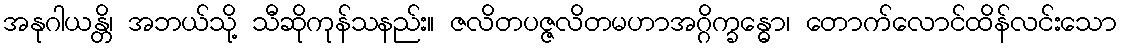
အနုဂါယန္တိ၊ အဘယ်သို့ သီဆိုကုန်သနည်း။ ဇလိတပဇ္ဇလိတမဟာအဂ္ဂိက္ခန္ဓော၊ တောက်လောင်ထိန်လင်းသော